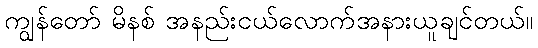
ကျွန်တော် မိနစ် အနည်းငယ်လောက်အနားယူချင်တယ်။